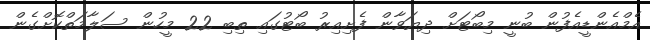
އެމްއެންޑީއެފުން ބުނީ މިބޯޓަށް ދިޔަވާން ފެށިއިރު ބޯޓުގައި ތިބި 22 މީހުން ސަލާމަތްކޮށްގެން